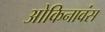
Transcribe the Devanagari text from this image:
ओकिनावंस